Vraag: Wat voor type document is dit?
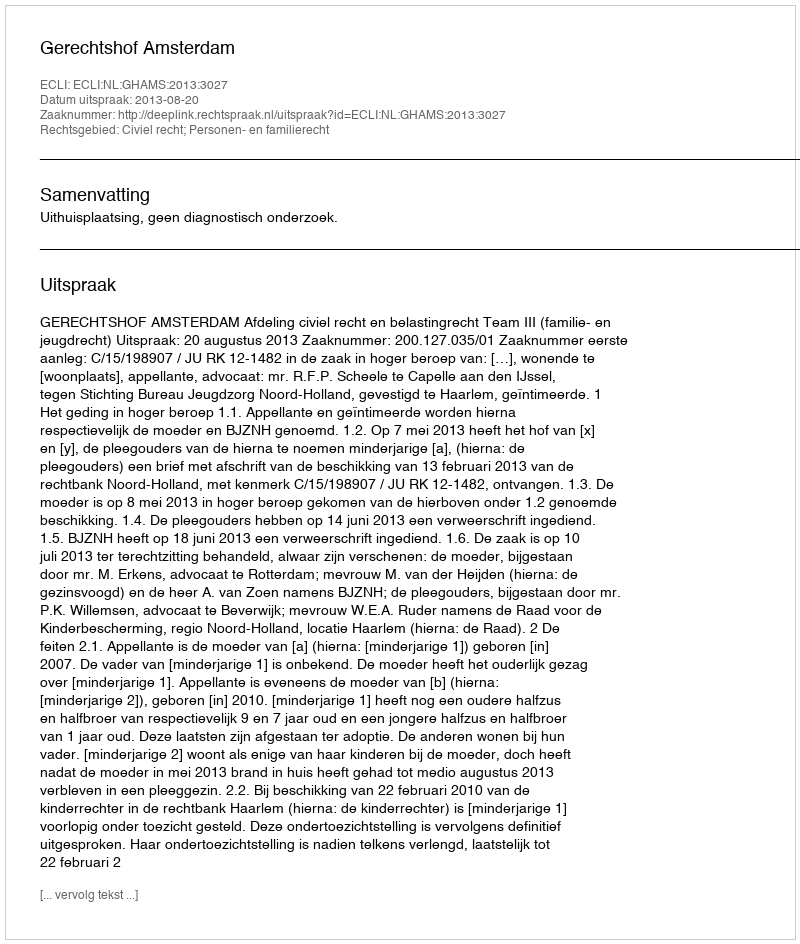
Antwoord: Uitspraak